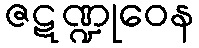
ဇဋဏ္ဍုဝေန